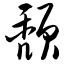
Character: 颓